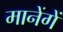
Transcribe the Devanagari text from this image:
मानेंगें